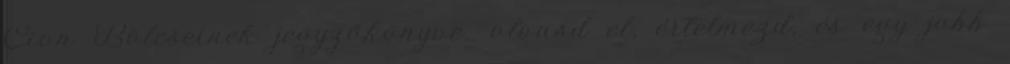
Cion Bölcseinek jegyzőkönyve: olvasd el, értelmezd, és egy jobb